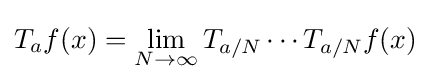
T_{a}f(x)=\lim _{N\to \infty }T_{a/N}\cdots T_{a/N}f(x)